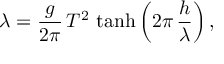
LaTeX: a b \, \sin \theta